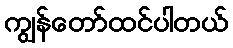
ကျွန်တော်ထင်ပါတယ်